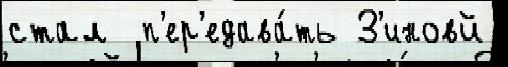
стал  п'ер'едава́ть З'иновй